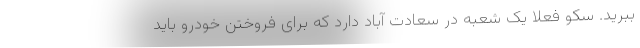
ببرید. سکو فعلا یک شعبه در سعادت آباد دارد که برای فروختن خودرو باید